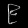
Digit: ၉